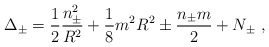
\begin{align*}\Delta _{\pm }=\displaystyle\frac{1}{2}\displaystyle\frac{n^{2}_{\pm }}{R^{2}}+\displaystyle\frac{1}{8}m^{2}R^{2}\pm \displaystyle\frac{n_{\pm }m}{2}+N_{\pm }\, \, ,\end{align*}